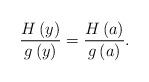
LaTeX: \begin{align*}\frac{H\left(y\right)}{g\left(y\right)}=\frac{H\left(a\right)}{g\left(a\right)}.\end{align*}